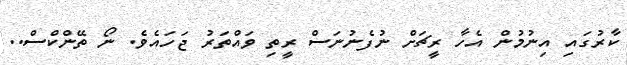
ކާރުގައި އިނުމުން އެހާ ރީޗަށް ނުފެނުނަސް ރީތި ވައްތަރު ޖަހައެވެ. ނޯ ތޭންކްސް..